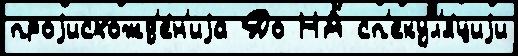
проjисхожд'е́н'иjа До НА сп'екул'я́циjи